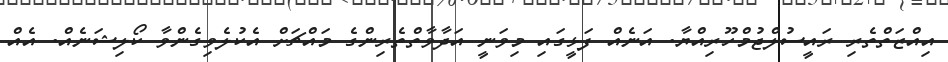
އިއްޒަތްތެރި ރައީސުލްޖުމްހޫރިއްޔާ. އަނެއް ފަޅީގައި މިވަނީ އަދާވާތްތެރިންގެ މައްޗަށް އެކުލެވިގެންވާ ކޯލިޝަނެއް. އެއް